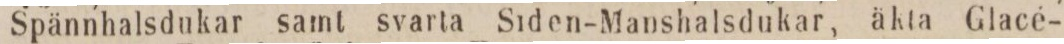
Spännhalsdukar samt svarta Siden-Manshalsdukar, äkta Glacé-